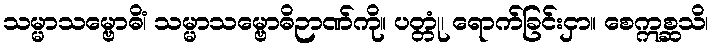
သမ္မာသမ္ဗောဓိံ၊ သမ္မာသမ္ဗောဓိဉာဏ်ကို။ ပတ္တုံ၊ ရောက်ခြင်းငှာ။ စေဣစ္ဆသိ၊